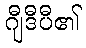
ဂျီဒီပီ၏